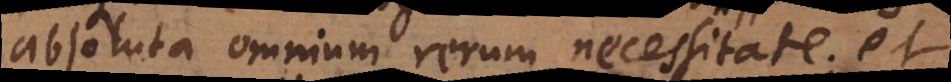
absoluta omnium rerum necessitate; et